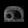
Digit: ၈